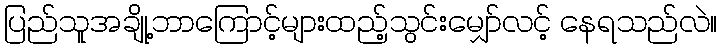
ပြည်သူအချို့ဘာကြောင့်များထည့်သွင်းမျှော်လင့် နေရသည်လဲ။